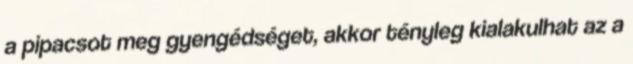
a pipacsot meg gyengédséget, akkor tényleg kialakulhat az a